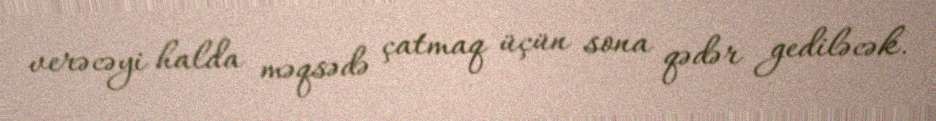
verəcəyi halda məqsədə çatmaq üçün sona qədər gediləcək.